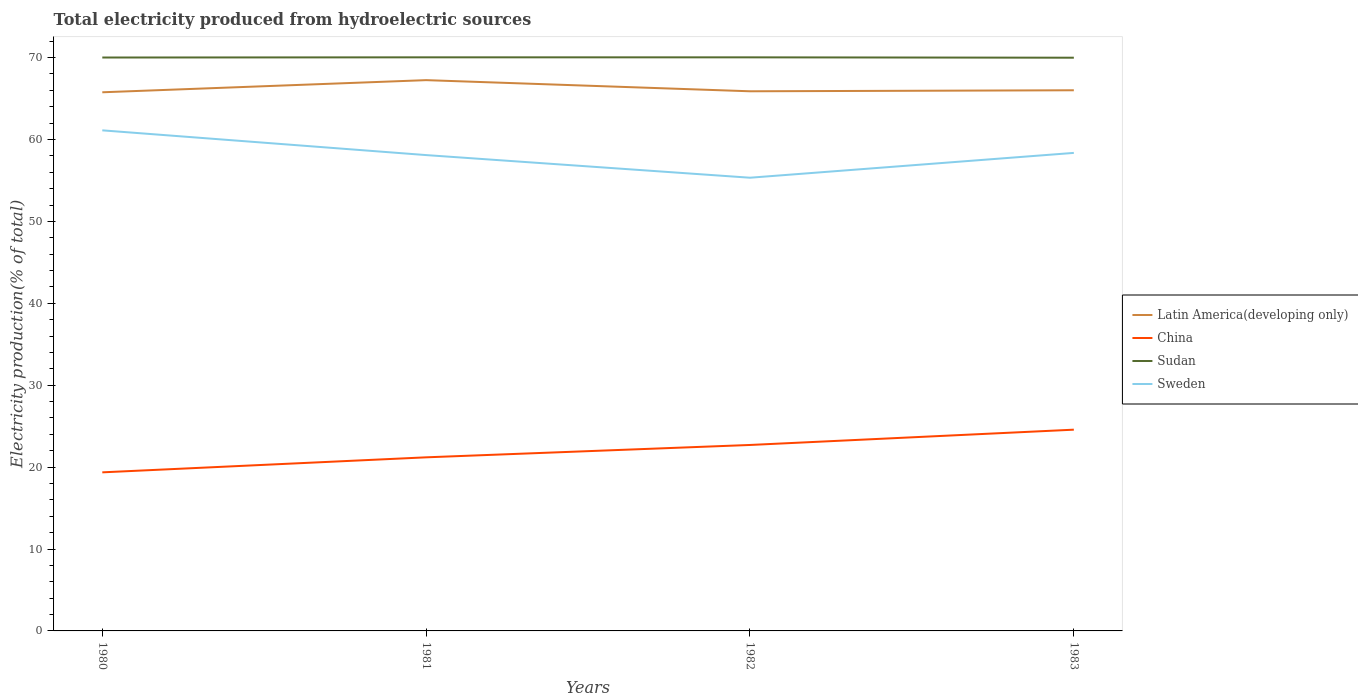
| Years | Latin America(developing only) | China | Sudan | Sweden |
 | --- | --- | --- | --- | --- |
 | 1980 | 65.8 | 19.4 | 70 | 61.1 |
 | 1981 | 67.3 | 21.2 | 70 | 58.1 |
 | 1982 | 65.9 | 22.7 | 70 | 55.3 |
 | 1983 | 66 | 24.6 | 70 | 58.4 |